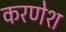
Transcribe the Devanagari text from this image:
करणेश